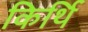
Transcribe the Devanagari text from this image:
किर्थि